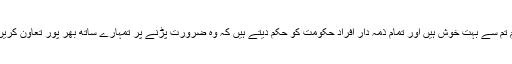
ہم تم سے بہت خوش ہیں اور تمام ذمہ دار افراد حکومت کو حکم دیتے ہیں کہ وہ ضرورت پڑنے پر تمہارے ساتھ بھر پور تعاون کریں۔